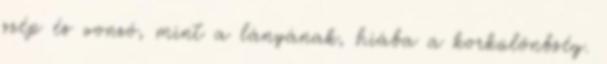
szép és vonzó, mint a lányának, hiába a korkülönbség.